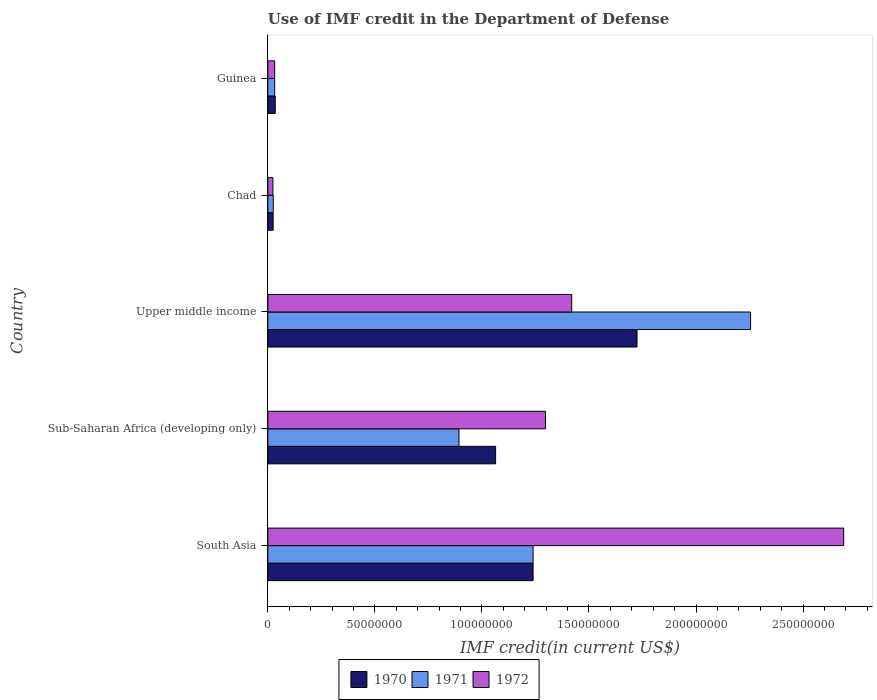
| Country | 1970 | 1971 | 1972 |
 | --- | --- | --- | --- |
 | South Asia | 1.24e+08 | 1.24e+08 | 2.69e+08 |
 | Sub-Saharan Africa (developing only) | 1.06e+08 | 8.93e+07 | 1.3e+08 |
 | Upper middle income | 1.72e+08 | 2.25e+08 | 1.42e+08 |
 | Chad | 2.47e+06 | 2.52e+06 | 2.37e+06 |
 | Guinea | 3.45e+06 | 3.2e+06 | 3.2e+06 |